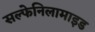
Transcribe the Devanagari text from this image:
सल्फेनिलामाइड